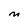
Character: M